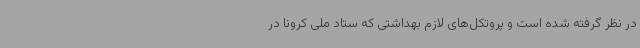
در نظر گرفته شده است و پروتکل‌های لازم بهداشتی که ستاد ملی کرونا در